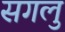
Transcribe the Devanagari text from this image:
सगलु